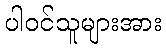
ပါဝင်သူများအား